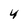
Character: 4